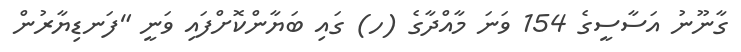
ގާނޫނު އަސާސީގެ 154 ވަނަ މާއްދާގެ (ހ) ގައި ބަޔާންކޮށްފައި ވަނީ "ފަނޑިޔާރުން